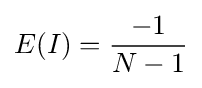
E(I)={\frac {-1}{N-1}}